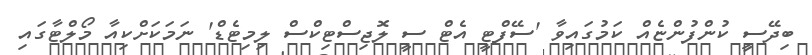
ބިދޭސީ ކުންފުންޏެއް ކަމުގައިވާ 'ސޭފްޓީ އެޓް ސީ ލޮޖިސްޓިކްސް ލިމިޓެޑް' ނަމަކަށްކިއާ މޯލްޓާގައި